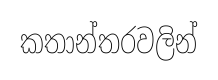
කතාන්තරවලින්